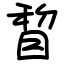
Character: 睝